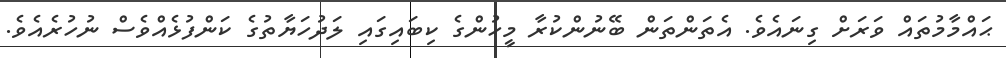
ޙައްމާމުތައް ވަރަށް ގިނައެވެ. އެތަންތަން ބޭނުންކުރާ މީހުންގެ ކިބައިގައި ލަދުހަޔާތުގެ ކަންފުޅެއްވެސް ނުހުރެއެވެ.